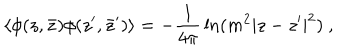
LaTeX: \langle \phi ( z , \bar { z } ) \phi ( z ^ { \prime } , \bar { z } ^ { \prime } ) \rangle = - { \frac { 1 } { 4 \pi } } \ln ( m ^ { 2 } | z - z ^ { \prime } | ^ { 2 } ) ~ ,